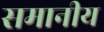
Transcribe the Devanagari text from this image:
समानीय